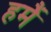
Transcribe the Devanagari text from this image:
हमैं